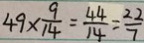
4 9 \times \frac { 9 } { 1 4 } = \frac { 4 4 } { 1 4 } = \frac { 2 2 } { 7 }